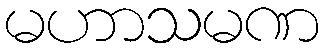
မဟာသမဏ